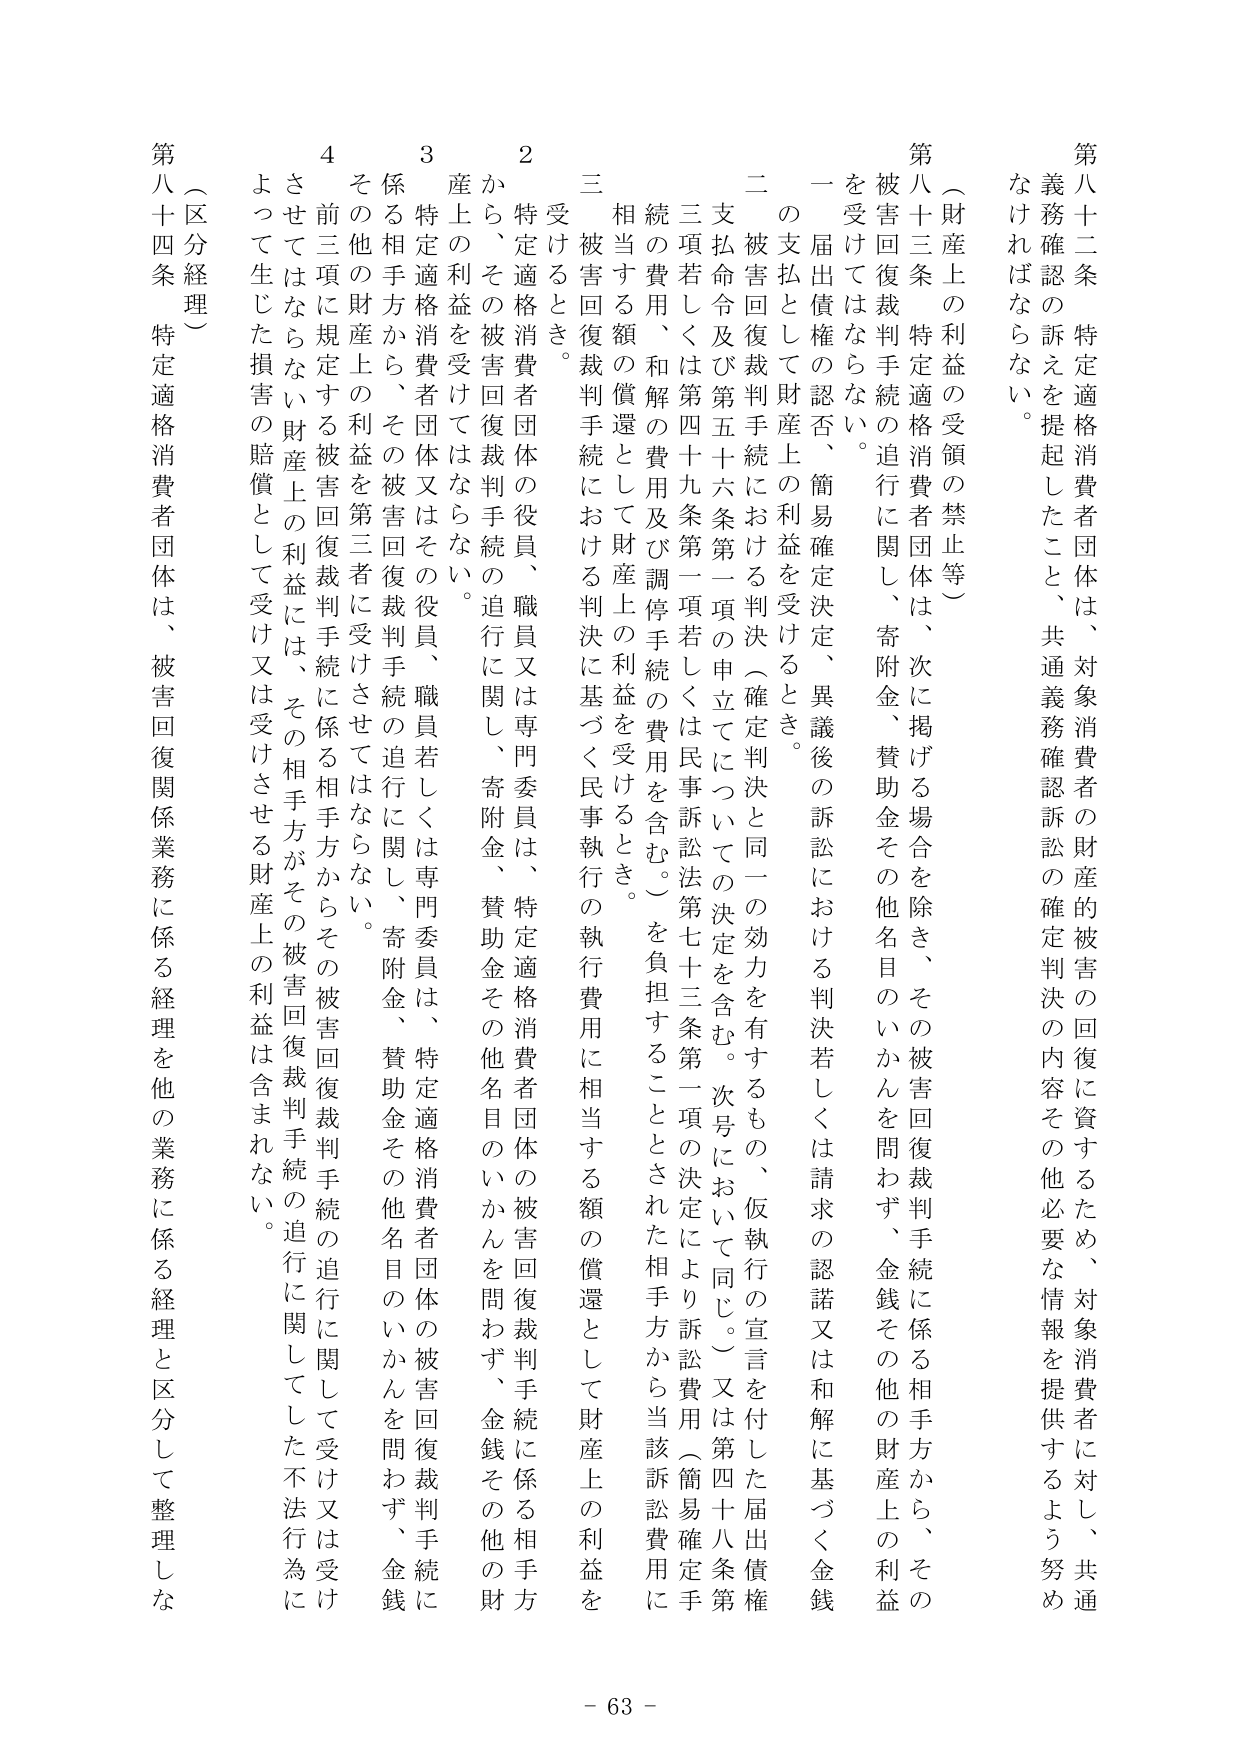
第八十二条 特定適格消費者団体は、対象消費者の財産的被害の回復に資するため、対象消費者に対し、共通義務確認の訴えを提起したこと、共通義務確認訴訟の確定判決の内容その他必要な情報を提供するよう努めなければならない。

（財産上の利益の受領の禁止等）

第八十三条 特定適格消費者団体は、次に掲げる場合を除き、その被害回復裁判手続に係る相手方から、その被害回復裁判手続に関して、寄附金、賛助金その他名目のいかんを問わず、金銭その他の財産上の利益を受けてはならない。

一 届出債権の認否、簡易確定決定、異議後の訴訟における判決若しくは請求の認諾又は和解に基づく金銭の支払として財産上の利益を受けるとき。

二 被害回復裁判手続における判決（確定判決と同一の効力を有するもの、仮執行の宣言を付した届出債権支払命令及び第五十六条第一項の申立てについての決定を含む。次号において同じ。）又は第四十八条第三項若しくは第四十九条第一項若しくは民事訴訟法第七十三条第一項の決定により訴訟費用（簡易確定手続の費用、和解の費用及び調停手続の費用を含む。）を負担することとされた相手方から当該訴訟費用に相当する額の償還として財産上の利益を受けるとき。

三 被害回復裁判手続における判決に基づく民事執行の執行費用に相当する額の償還として財産上の利益を受けるとき。

2 特定適格消費者団体の役員、職員又は専門委員は、特定適格消費者団体の被害回復裁判手続に係る相手方から、その被害回復裁判手続の追行に関し、寄附金、賛助金その他名目のいかんを問わず、金銭その他の財産上の利益を受けてはならない。

3 特定適格消費者団体又はその役員、職員若しくは専門委員は、特定適格消費者団体の被害回復裁判手続の追行に関し、寄附金、賛助金その他名目のいかんを問わず、金銭に係る相手方から、その被害回復裁判手続の追行に関して、寄附金、賛助金その他名目のいかんを問わず、金銭その他の財産上の利益を受けてはならない。

4 その他前三項に規定する被害回復裁判手続に受けさせてもはならない。よって生じた損害の賠償として受け又は受けさせる財産上の利益は含まれない。

（区分経理）

第八十四条 特定適格消費者団体は、被害回復関係業務に係る経理を他の業務に係る経理と区分して整理しな

- 63 -